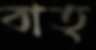
বাত্